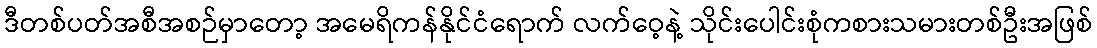
ဒီတစ်ပတ်အစီအစဉ်မှာတော့ အမေရိကန်နိုင်ငံရောက် လက်ဝေ့နဲ့ သိုင်းပေါင်းစုံကစားသမားတစ်ဦးအဖြစ်